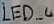
Text: LED_4